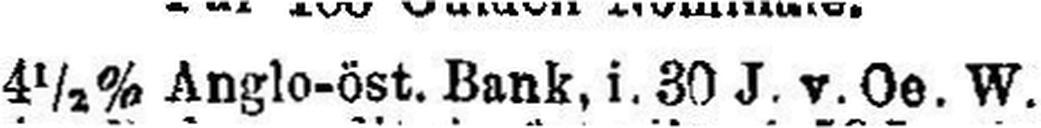
4½% Anglo-öst. Bank, i. 30 J. v. Oe. W.